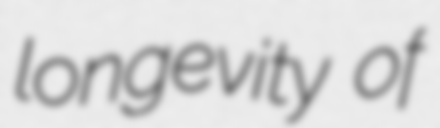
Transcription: longevity of